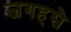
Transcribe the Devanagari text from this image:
जगहसे